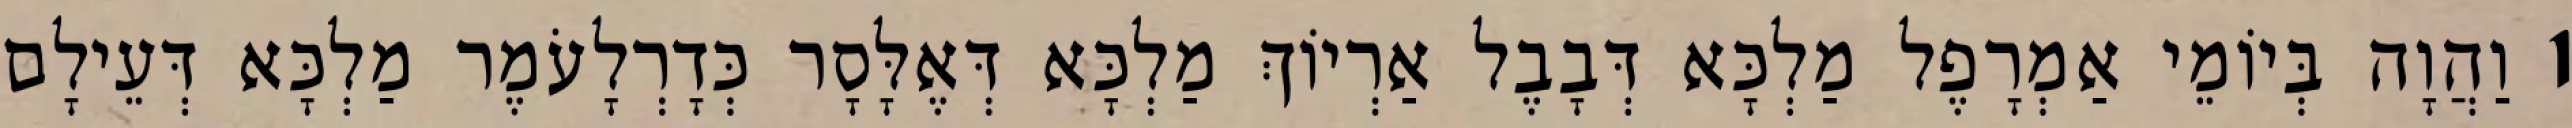
1 וַהֲוָה בְּיוֹמֵי אַמְרָפֶל מַלְכָּא דְּבָבֶל אַרְיוֹךְ מַלְכָּא דְּאֶלָּסָר כְּדָרְלָעֹמֶר מַלְכָּא דְּעֵילָם